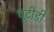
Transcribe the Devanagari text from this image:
यूटीडी